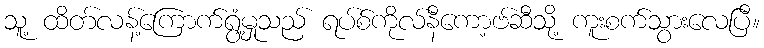
သူ့ ထိတ်လန့်ကြောက်ရွံ့မှုသည် ရပ်စ်ကိုလ်နီကော့ဗ်ဆီသို့ ကူးစက်သွားလေပြီ။